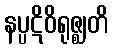
နပ္ပဋိဝိရုဇ္ဈတိ